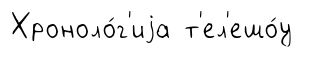
Хроноло́г'иjа т'ел'ешо́у